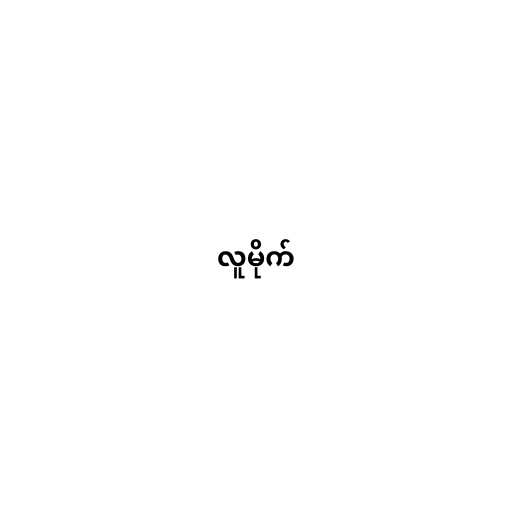
လူမိုက်